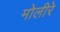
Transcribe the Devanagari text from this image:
मोलीरे